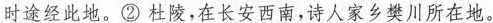
时途经此地。②杜陵，在长安西南，诗人家乡樊川所在地。